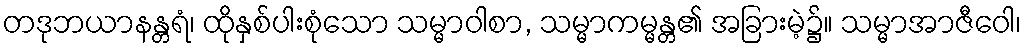
တဒုဘယာနန္တရံ၊ ထိုနှစ်ပါးစုံသော သမ္မာဝါစာ, သမ္မာကမ္မန္တ၏ အခြားမဲ့၌။ သမ္မာအာဇီဝေါ၊